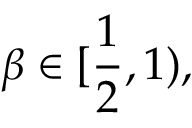
\beta \in [ \frac 1 2 , 1 ) ,